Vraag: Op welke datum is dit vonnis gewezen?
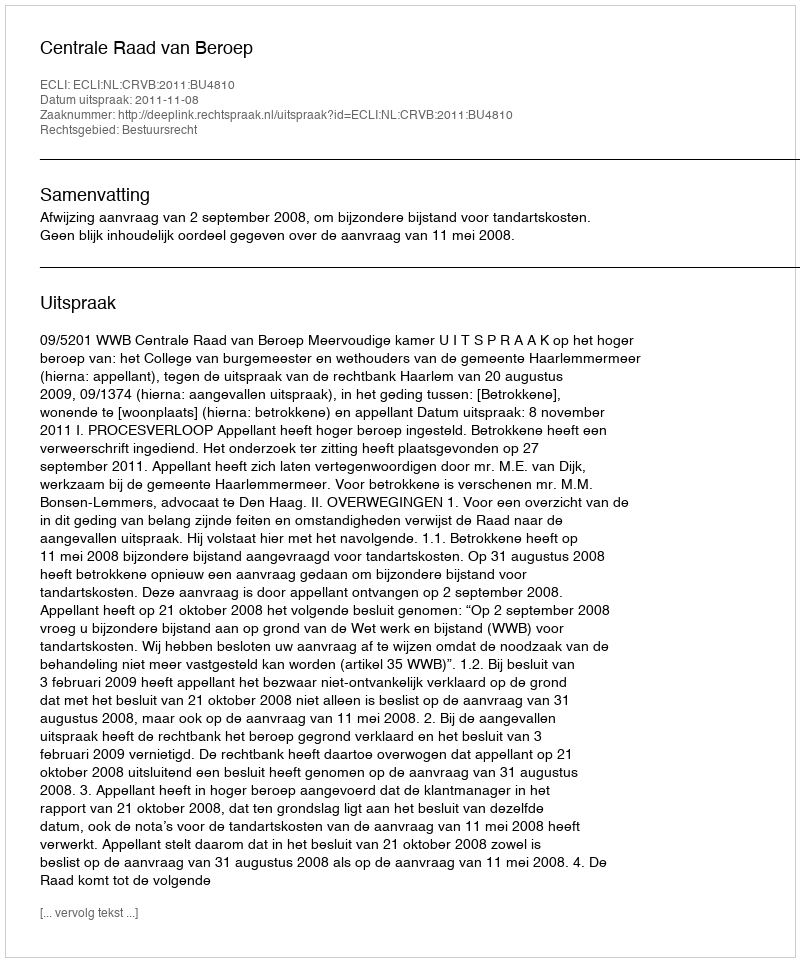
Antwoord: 2011-11-08